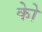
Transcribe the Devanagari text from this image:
कोे